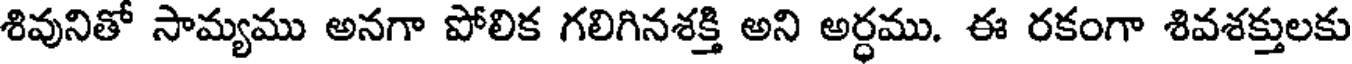
శివునితో సామ్యము అనగా పోలిక గలిగినశక్తి అని అర్ధము. ఈ రకంగా శివశక్తులకు